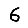
Digit: 6